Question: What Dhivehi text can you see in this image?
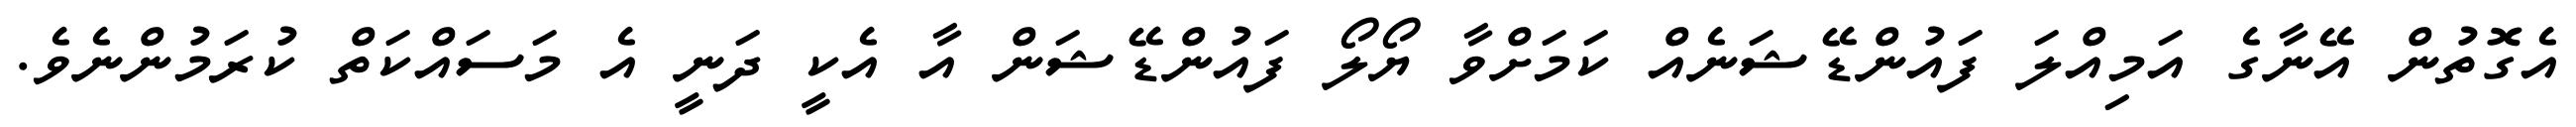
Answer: އެގޮތުން އޭނާގެ އަމިއްލަ ފައުންޑޭޝަނެއް ކަމަށްވާ ޔޯލޯ ފައުންޑޭޝަން އާ އެކީ ދަނީ އެ މަސައްކަތް ކުރަމުންނެވެ.